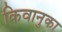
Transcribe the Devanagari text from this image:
किवानुका